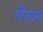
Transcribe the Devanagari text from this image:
मीरायन